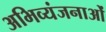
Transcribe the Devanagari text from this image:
अभिव्यंजनाओं